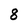
Character: 8